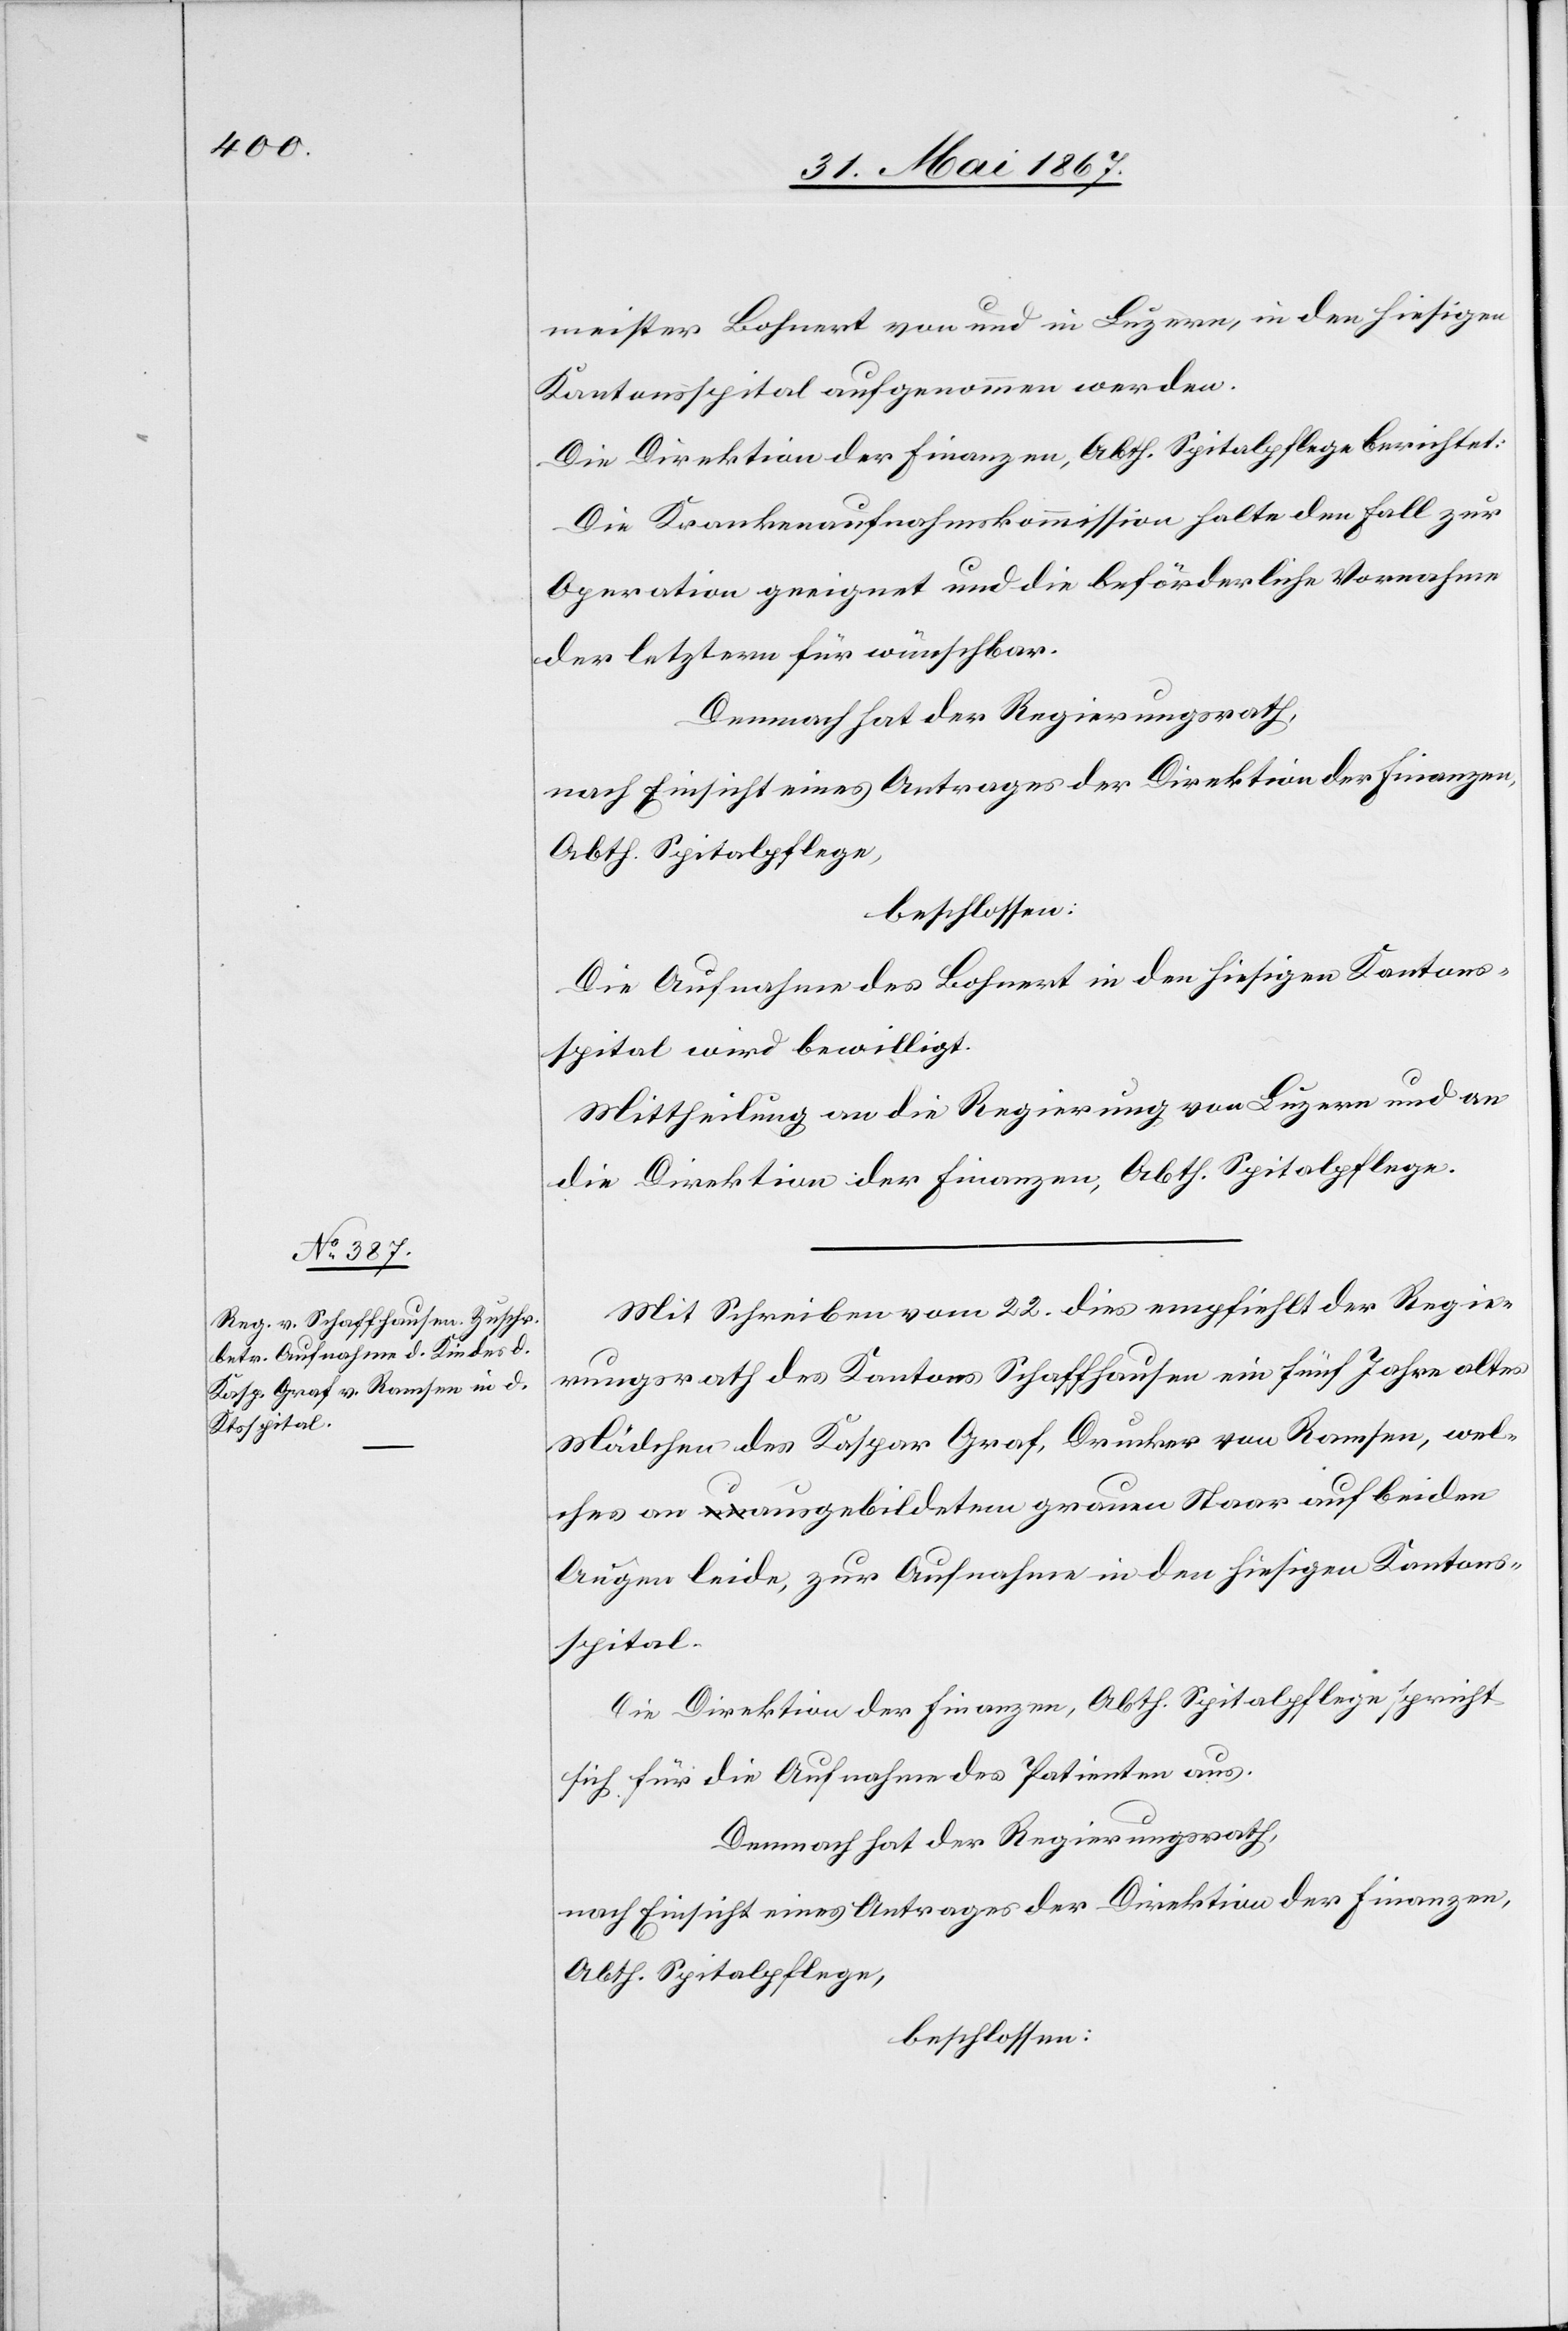
meister Bohnert von und in Luzern, in den hiesigen
Kantonsspital aufgenommen werden.
Die Direktion der Finanzen, Abth. Spitalpflege berichtet:
Die Krankenaufnahmskommission halte den Fall zur
Operation geeignet und die behördliche Vornahme
der letztern für wünschbar.
Demnach hat der Regierungsrath,
nach Einsicht eines Antrages der Direktion der Finanzen,
Abth. Spitalpflege,
beschlossen:
Die Aufnahme des Bohnert in den hiesigen Kantons¬
spital wird bewilligt.
Mittheilung an die Regierung von Luzern und an
die Direktion der Finanzen, Abth. Spitalpflege.
Mit Schreiben vom 22. dies empfiehlt der Regie¬
rungsrath des Kantons Schaffhausen ein fünf Jahre altes
Mädchen des Kaspar Graf, Drucker von Ramsen, wel¬
ches an ausgebildeten grauem Staar auf beiden
Augen leide, zur Aufnahme in den hiesigen Kantons¬
spital.
Die Direktion der Finanzen, Abth. Spitalpflege spricht
sich für die Aufnahme der Patientin aus.
Demnach hat der Regierungsrath,
nach Einsicht eines Antrages der Direktion der Finanzen,
Abth. Spitalpflege,
beschlossen: